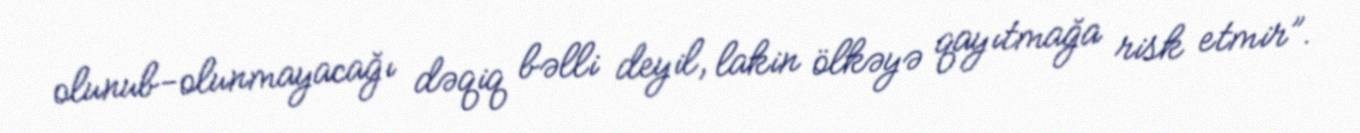
olunub-olunmayacağı dəqiq bəlli deyil, lakin ölkəyə qayıtmağa risk etmir”.